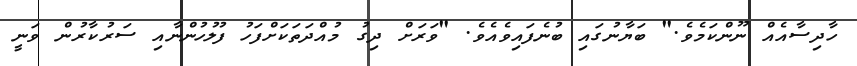
ހާދިސާއެއް ނޫންކަމެވެ." ބަޔާނުގައި ބުނެފައިވެއެވެ. "ވަރަށް ދިގު މުއްދަތަކަށްފަހު ފުލުހުންނާއި ސަރުކާރުން ވަނީ